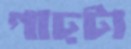
গাঢ়টা